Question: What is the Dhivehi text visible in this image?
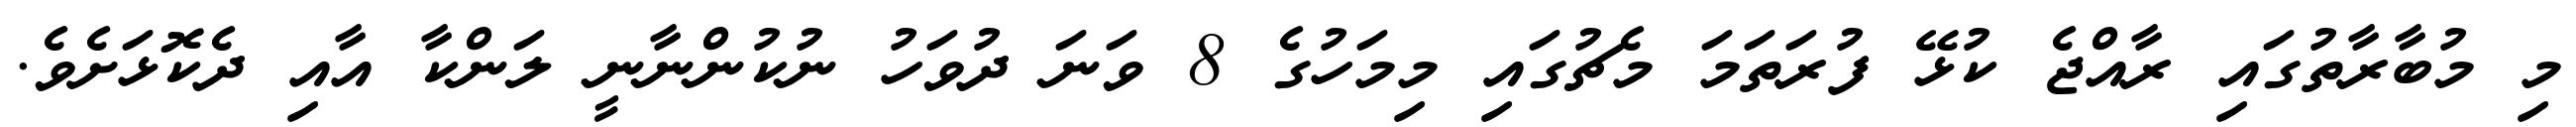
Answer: މި މުބާރާތުގައި ރާއްޖެ ކުޅޭ ފުރަތަމަ މެޗުގައި މިމަހުގެ 8 ވަނަ ދުވަހު ނުކުންނާނީ ލަންކާ އާއި ދެކޮޅަށެވެ.